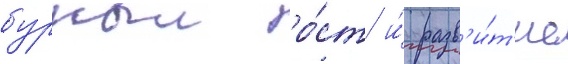
бурныи ро́ст и́ разв'и́т'ие